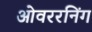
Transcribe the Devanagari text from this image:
ओवररनिंग